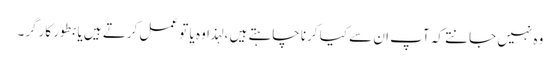
وہ نہیں جانتے کہ آپ ان سے کیا کرنا چاہتے ہیں ، لہذا وہ یا تو عمل کرتے ہیں یا بطور کارگر۔